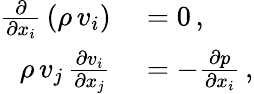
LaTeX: \begin{array}{rl}{{\frac{\partial}{\partial x_{i}}}\left(\rho\, v_{i}\right)}&{{}=0\, ,}\\ {\rho\, v_{j}\, {\frac{\partial v_{i}}{\partial x_{j}}}}&{{}=-{\frac{\partial p}{\partial x_{i}}}\, ,}\end{array}